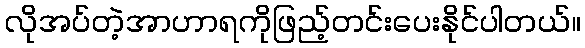
လိုအပ်တဲ့အာဟာရကိုဖြည့်တင်းပေးနိုင်ပါတယ်။